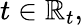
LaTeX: t\in\mathbb{R}_{t},